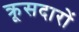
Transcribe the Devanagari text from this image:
क्रूसदारों